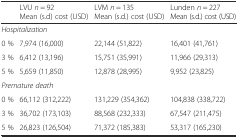
<table><thead><tr><td></td><td><b>LVU <i>n</i> = 92 Mean (s.d) cost (USD)</b></td><td><b>LVM <i>n</i> = 135 Mean (s.d.) cost (USD)</b></td><td><b>Lunden <i>n</i> = 227 Mean (s.d.) cost (USD)</b></td></tr></thead><tbody><tr><td colspan="4"><i>Hospitalization</i></td></tr><tr><td>0 %</td><td>7,974 (16,000)</td><td>22,144 (51,822)</td><td>16,401 (41,761)</td></tr><tr><td>3 %</td><td>6,412 (13,196)</td><td>15,751 (35,991)</td><td>11,966 (29,313)</td></tr><tr><td>5 %</td><td>5,659 (11,850)</td><td>12,878 (28,995)</td><td>9,952 (23,825)</td></tr><tr><td colspan="4"><i>Premature death</i></td></tr><tr><td>0 %</td><td>66,112 (312,222)</td><td>131,229 (354,362)</td><td>104,838 (338,722)</td></tr><tr><td>3 %</td><td>36,702 (173,103)</td><td>88,568 (232,333)</td><td>67,547 (211,475)</td></tr><tr><td>5 %</td><td>26,823 (126,504)</td><td>71,372 (185,383)</td><td>53,317 (165,230)</td></tr></tbody></table>